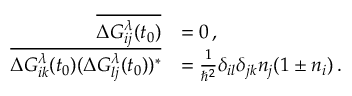
\begin{array} { r l } { \overline { { \Delta G _ { i j } ^ { \lambda } ( t _ { 0 } ) } } } & { = 0 \, , } \\ { \overline { { \Delta G _ { i k } ^ { \lambda } ( t _ { 0 } ) ( \Delta G _ { l j } ^ { \lambda } ( t _ { 0 } ) ) ^ { * } } } } & { = \frac { 1 } { \hbar ^ { 2 } } \delta _ { i l } \delta _ { j k } n _ { j } ( 1 \pm n _ { i } ) \, . } \end{array}